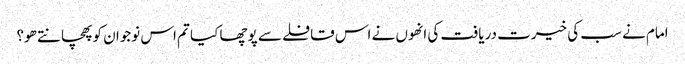
امام نے سب کی خیرت دریافت کی انھوں نے اس قافلے سے پوچھا کیا تم اس نوجوان کو پھچانتے ھو؟